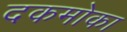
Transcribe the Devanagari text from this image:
दकमोका